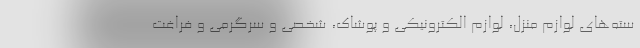
سته‌های لوازم منزل، لوازم الکترونیکی و پوشاک، شخصی و سرگرمی و فراغت